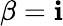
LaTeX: \beta=\mathbf{i}